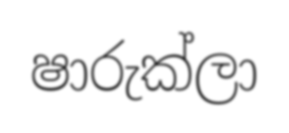
ෂාරුක්ලා